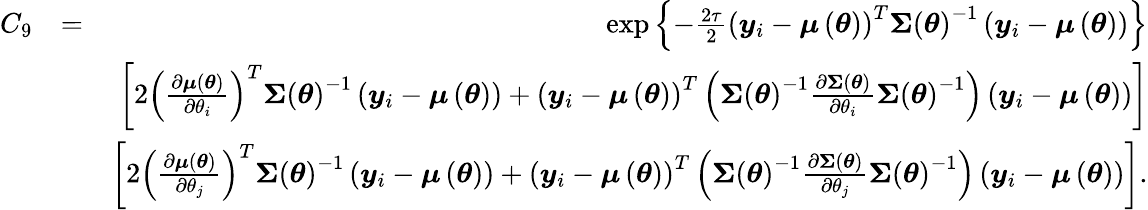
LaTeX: \begin{array}{rlr}{C_{9}}&{=}&{\exp\left\{ -\frac{2\tau}{2}\left(\boldsymbol{y}_{i}-\boldsymbol{\mu}\left(\boldsymbol{\theta}\right)\right)^{T}\boldsymbol{\Sigma}\left(\boldsymbol{\theta}\right)^{-1}\left(\boldsymbol{y}_{i}-\boldsymbol{\mu}\left(\boldsymbol{\theta}\right)\right)\right\} }\\ &{}&{\left[2\left(\frac{\partial\boldsymbol{\mu}\left(\boldsymbol{\theta}\right)}{\partial\theta_{i}}\right)^{T}\boldsymbol{\Sigma}\left(\boldsymbol{\theta}\right)^{-1}\left(\boldsymbol{y}_{i}-\boldsymbol{\mu}\left(\boldsymbol{\theta}\right)\right)+\left(\boldsymbol{y}_{i}-\boldsymbol{\mu}\left(\boldsymbol{\theta}\right)\right)^{T}\left(\boldsymbol{\Sigma}\left(\boldsymbol{\theta}\right)^{-1}\frac{\partial\boldsymbol{\Sigma}\left(\boldsymbol{\theta}\right)}{\partial\theta_{i}}\boldsymbol{\Sigma}\left(\boldsymbol{\theta}\right)^{-1}\right)\left(\boldsymbol{y}_{i}-\boldsymbol{\mu}\left(\boldsymbol{\theta}\right)\right)\right]}\\ &{}&{\left[2\left(\frac{\partial\boldsymbol{\mu}\left(\boldsymbol{\theta}\right)}{\partial\theta_{j}}\right)^{T}\boldsymbol{\Sigma}\left(\boldsymbol{\theta}\right)^{-1}\left(\boldsymbol{y}_{i}-\boldsymbol{\mu}\left(\boldsymbol{\theta}\right)\right)+\left(\boldsymbol{y}_{i}-\boldsymbol{\mu}\left(\boldsymbol{\theta}\right)\right)^{T}\left(\boldsymbol{\Sigma}\left(\boldsymbol{\theta}\right)^{-1}\frac{\partial\boldsymbol{\Sigma}\left(\boldsymbol{\theta}\right)}{\partial\theta_{j}}\boldsymbol{\Sigma}\left(\boldsymbol{\theta}\right)^{-1}\right)\left(\boldsymbol{y}_{i}-\boldsymbol{\mu}\left(\boldsymbol{\theta}\right)\right)\right].}\end{array}